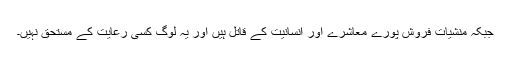
جبکہ منشیات فروش پورے معاشرے اور انسانیت کے قاتل ہیں اور یہ لوگ کسی رعایت کے مستحق نہیں۔